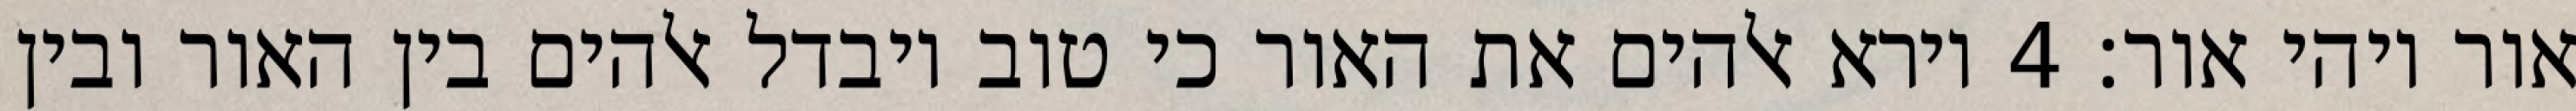
אור ויהי אור׃ ‎4‏ וירא אלהים את האור כי טוב ויבדל אלהים בין האור ובין